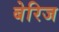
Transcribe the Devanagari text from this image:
बेरिज